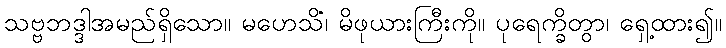
သဗ္ဗဘဒ္ဒါအမည်ရှိသော။ မဟေသိံ၊ မိဖုယားကြီးကို။ ပုရေက္ခိတွာ၊ ရှေ့ထား၍။